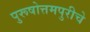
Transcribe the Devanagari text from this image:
पुरूषोत्तमपुरीचे